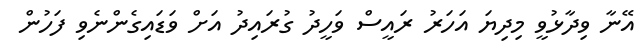
އޭނާ ވިދާޅުވީ މިދިޔަ އަހަރު ރައީސް ވަހީދު ގުރައިދު އަށް ވަޑައިގެންނެވި ފަހުން